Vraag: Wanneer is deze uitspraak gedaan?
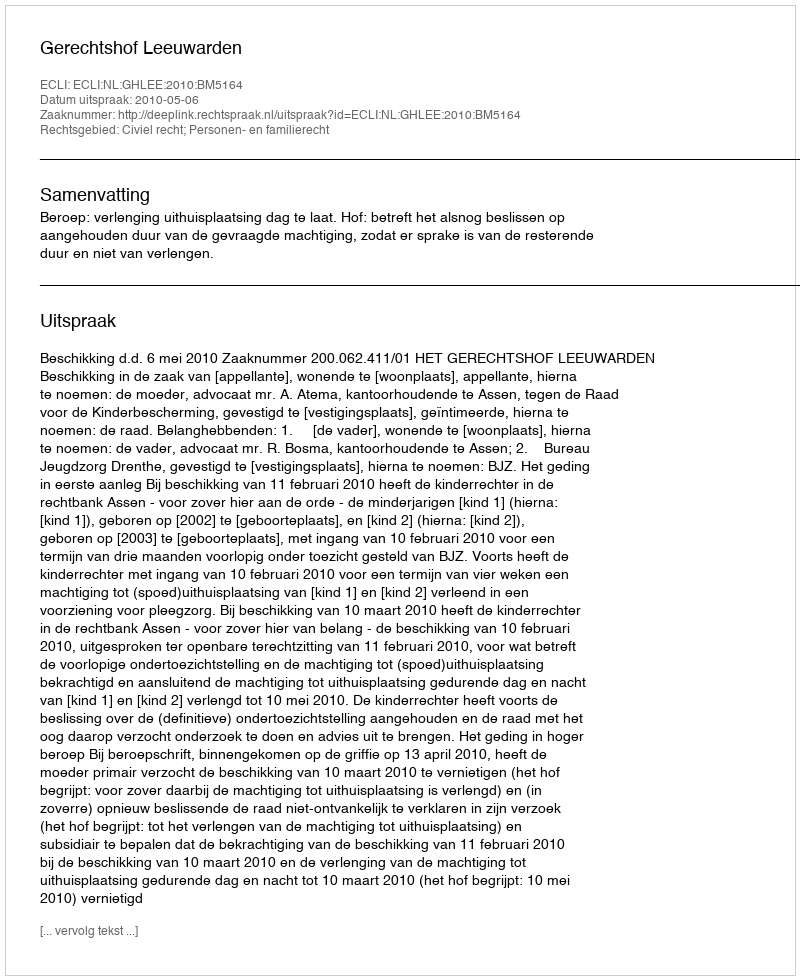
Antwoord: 2010-05-06